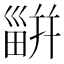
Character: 𤳊